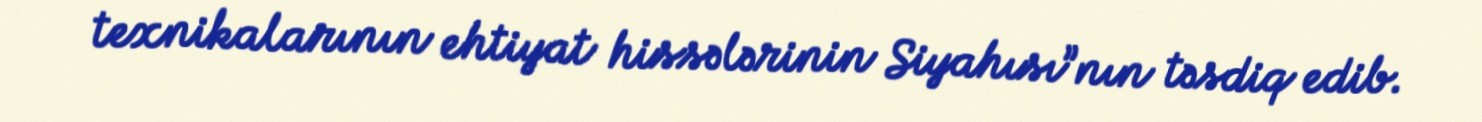
texnikalarının ehtiyat hissələrinin Siyahısı”nın təsdiq edib.